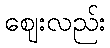
ဈေးလည်း